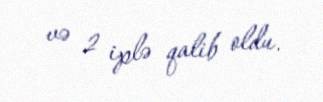
və 2 iplə qalib oldu.